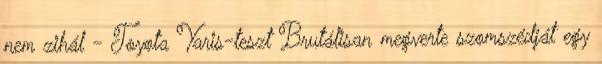
nem zihál - Toyota Yaris-teszt Brutálisan megverte szomszédját egy